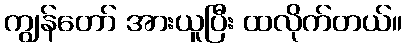
ကျွန်တော် အားယူပြီး ထလိုက်တယ်။